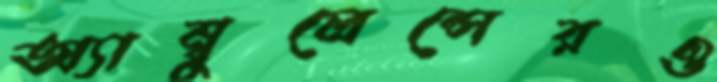
অ্যাম্বুলেন্সেরও